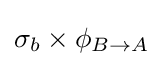
{\textstyle \sigma _{b}\times \phi _{B\rightarrow A}}